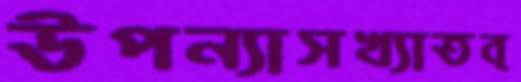
উপন্যাসখ্যাতব্